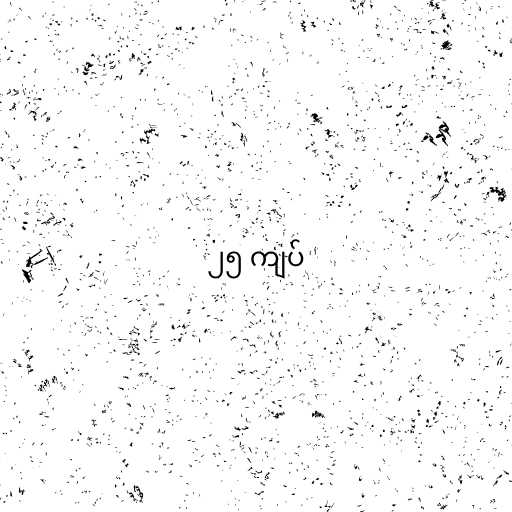
၂၅ ကျပ်